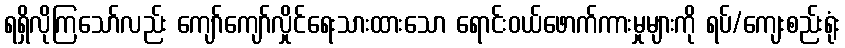
ရရှိလိုကြသော်လည်း ကျော်ကျော်လှိုင်ရေးသားထားသော ရောင်းဝယ်ဖောက်ကားမှုများကို ရပ်/ကျေးစည်းရုံး